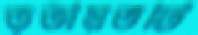
তৃতীয়তটি